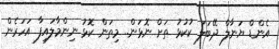
އެންޑް ޔަނާލް ދޭބަލަ ކުކުޅު ތަށް ނޮޅަން.. މިތަން ކޮޅު ނިންމާލައިފާ އަހަރެން